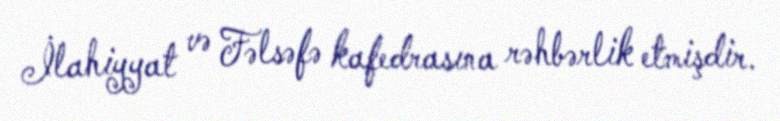
İlahiyyat və Fəlsəfə kafedrasına rəhbərlik etmişdir.